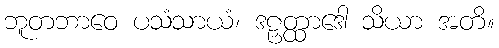
ဘူတဘာဝေ ပသံသာယံ၊ ဒဠှတ္ထာဒေါ သိယာ အတိ။